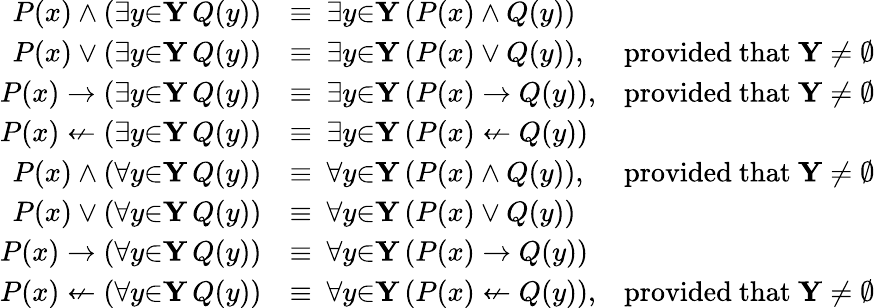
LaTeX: {\begin{array}{rlr}{P(x)\land(\exists{y}{\in}\mathbf{Y}\, Q(y))}&{\equiv\ \exists{y}{\in}\mathbf{Y}\, (P(x)\land Q(y))}\\ {P(x)\lor(\exists{y}{\in}\mathbf{Y}\, Q(y))}&{\equiv\ \exists{y}{\in}\mathbf{Y}\, (P(x)\lor Q(y)),}&{{\mathrm{provided~that~}}\mathbf{Y}\neq\emptyset}\\ {P(x)\to(\exists{y}{\in}\mathbf{Y}\, Q(y))}&{\equiv\ \exists{y}{\in}\mathbf{Y}\, (P(x)\to Q(y)),}&{{\mathrm{provided~that~}}\mathbf{Y}\neq\emptyset}\\ {P(x)\nleftarrow(\exists{y}{\in}\mathbf{Y}\, Q(y))}&{\equiv\ \exists{y}{\in}\mathbf{Y}\, (P(x)\nleftarrow Q(y))}\\ {P(x)\land(\forall{y}{\in}\mathbf{Y}\, Q(y))}&{\equiv\ \forall{y}{\in}\mathbf{Y}\, (P(x)\land Q(y)),}&{{\mathrm{provided~that~}}\mathbf{Y}\neq\emptyset}\\ {P(x)\lor(\forall{y}{\in}\mathbf{Y}\, Q(y))}&{\equiv\ \forall{y}{\in}\mathbf{Y}\, (P(x)\lor Q(y))}\\ {P(x)\to(\forall{y}{\in}\mathbf{Y}\, Q(y))}&{\equiv\ \forall{y}{\in}\mathbf{Y}\, (P(x)\to Q(y))}\\ {P(x)\nleftarrow(\forall{y}{\in}\mathbf{Y}\, Q(y))}&{\equiv\ \forall{y}{\in}\mathbf{Y}\, (P(x)\nleftarrow Q(y)),}&{{\mathrm{provided~that~}}\mathbf{Y}\neq\emptyset}\end{array}}